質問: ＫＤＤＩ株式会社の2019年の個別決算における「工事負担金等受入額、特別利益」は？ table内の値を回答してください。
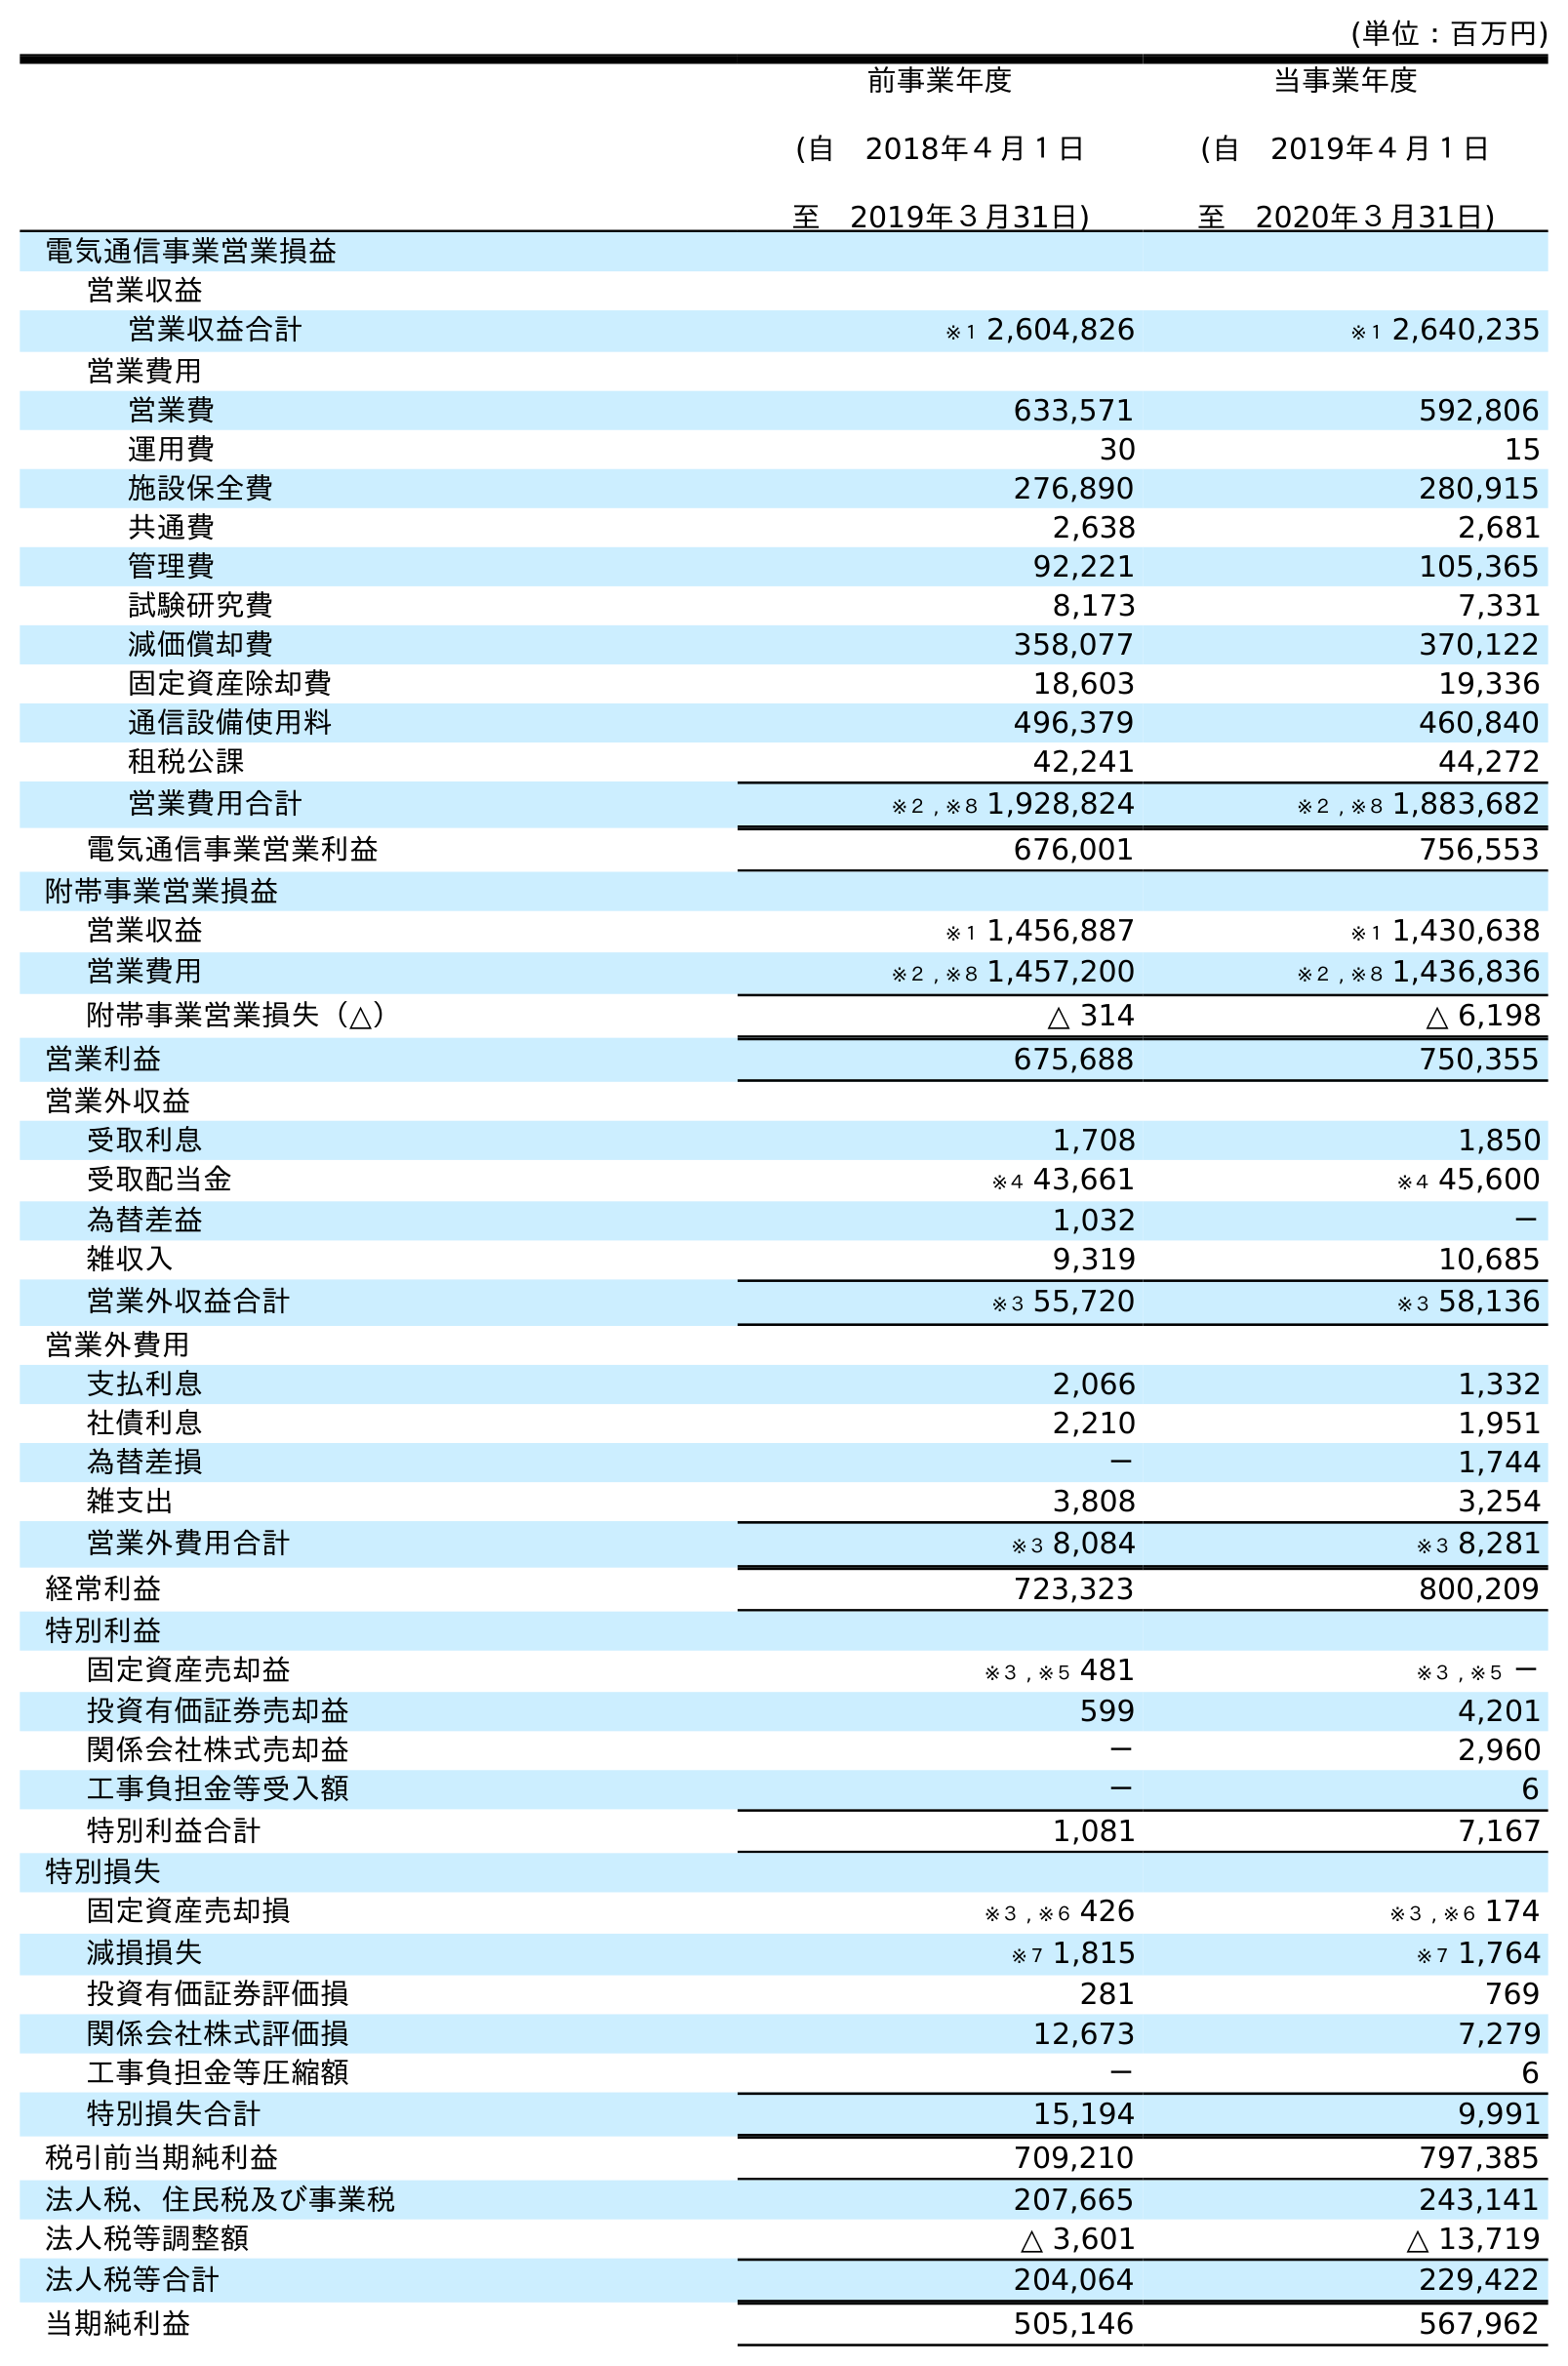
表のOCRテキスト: (単位：百万円) 前事業年度 (自 2018年４月１日 至 2019年３月31日) 当事業年度 (自 2019年４月１日 至 2020年３月31日) 電気通信事業営業損益 営業収益 営業収益合計 ※１ 2,604,826 ※１ 2,640,235 営業費用 営業費 633,571 592,806 運用費 30 15 施設保全費 276,890 280,915 共通費 2,638 2,681 管理費 92,221 105,365 試験研究費 8,173 7,331 減価償却費 358,077 370,122 固定資産除却費 18,603 19,336 通信設備使用料 496,379 460,840 租税公課 42,241 44,272 営業費用合計 ※２ , ※８ 1,928,824 ※２ , ※８ 1,883,682 電気通信事業営業利益 676,001 756,553 附帯事業営業損益 営業収益 ※１ 1,456,887 ※１ 1,430,638 営業費用 ※２ , ※８ 1,457,200 ※２ , ※８ 1,436,836 附帯事業営業損失（△） △ 314 △ 6,198 営業利益 675,688 750,355 営業外収益 受取利息 1,708 1,850 受取配当金 ※４ 43,661 ※４ 45,600 為替差益 1,032 － 雑収入 9,319 10,685 営業外収益合計 ※３ 55,720 ※３ 58,136 営業外費用 支払利息 2,066 1,332 社債利息 2,210 1,951 為替差損 － 1,744 雑支出 3,808 3,254 営業外費用合計 ※３ 8,084 ※３ 8,281 経常利益 723,323 800,209 特別利益 固定資産売却益 ※３ , ※５ 481 ※３ , ※５ － 投資有価証券売却益 599 4,201 関係会社株式売却益 － 2,960 工事負担金等受入額 － 6 特別利益合計 1,081 7,167 特別損失 固定資産売却損 ※３ , ※６ 426 ※３ , ※６ 174 減損損失 ※７ 1,815 ※７ 1,764 投資有価証券評価損 281 769 関係会社株式評価損 12,673 7,279 工事負担金等圧縮額 － 6 特別損失合計 15,194 9,991 税引前当期純利益 709,210 797,385 法人税、住民税及び事業税 207,665 243,141 法人税等調整額 △ 3,601 △ 13,719 法人税等合計 204,064 229,422 当期純利益 505,146 567,962
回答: －